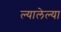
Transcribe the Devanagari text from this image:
ल्यालेल्या